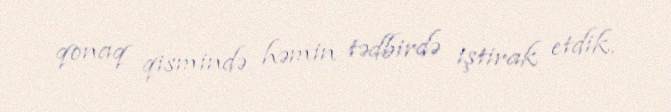
qonaq qismində həmin tədbirdə iştirak etdik.